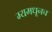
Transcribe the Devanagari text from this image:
म्यमधूनच